DOW-UAP-D25, Mission Report, Greece, January 2024
Agency: Department of War
Incident date: 1/25/24
Incident location: Mediterranean Sea
Page 1
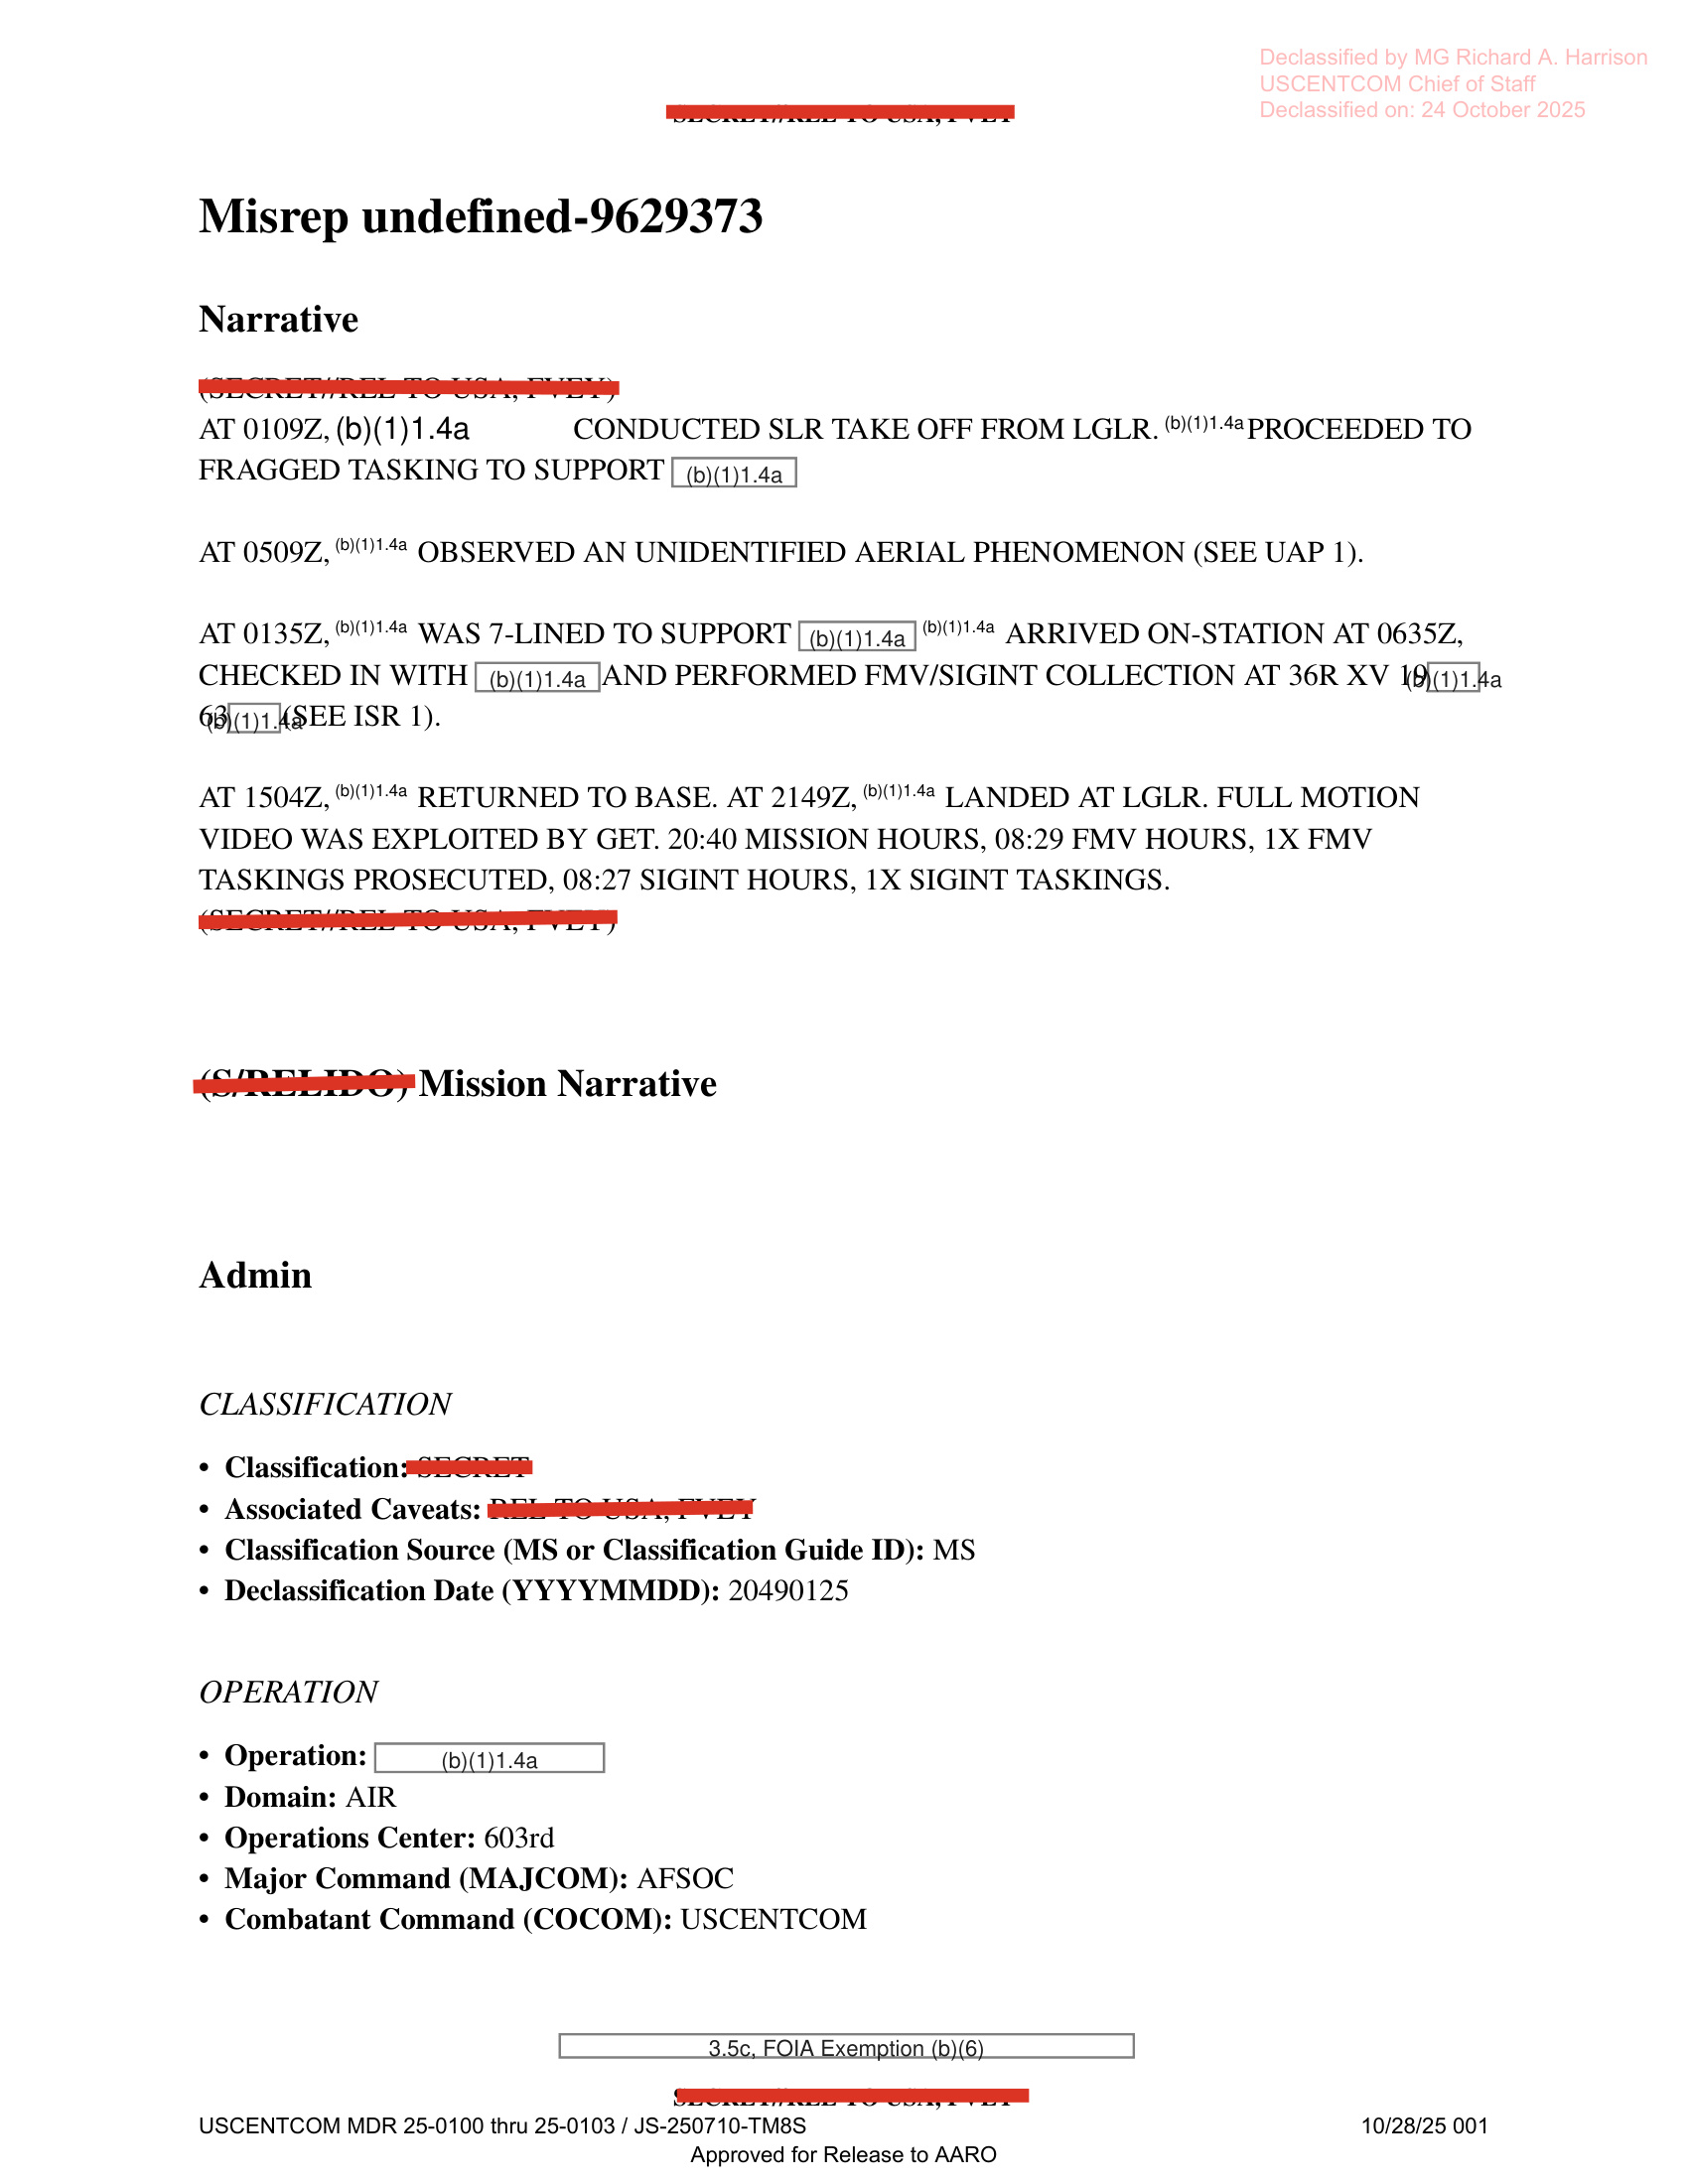